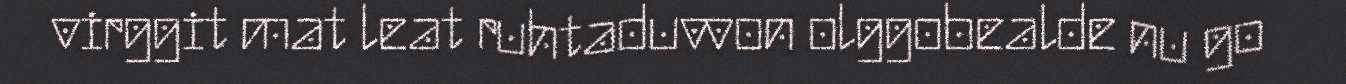
virggit mat leat ruhtaduvvon olggobealde nu go